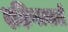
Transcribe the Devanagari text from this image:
दक्षिणावाले